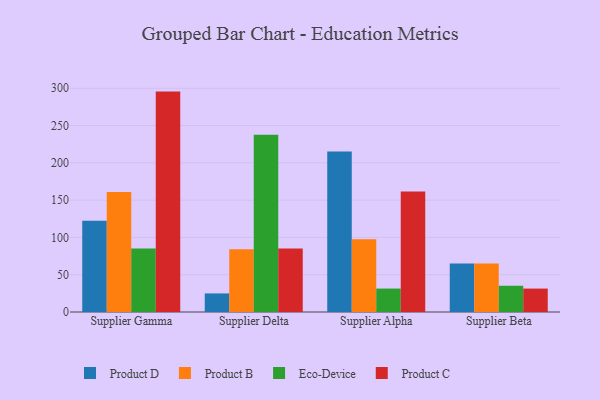
{"axis": {"x": "Supplier", "y": "Energy Usage (MWh)"}, "legend": ["Eco-Device", "Product B", "Product C", "Product D"], "data": [{"x": "Supplier Gamma", "y": 122.4, "type": "Product D"}, {"x": "Supplier Gamma", "y": 160.9, "type": "Product B"}, {"x": "Supplier Gamma", "y": 85.3, "type": "Eco-Device"}, {"x": "Supplier Gamma", "y": 295.5, "type": "Product C"}, {"x": "Supplier Delta", "y": 24.9, "type": "Product D"}, {"x": "Supplier Delta", "y": 84.2, "type": "Product B"}, {"x": "Supplier Delta", "y": 237.8, "type": "Eco-Device"}, {"x": "Supplier Delta", "y": 85.0, "type": "Product C"}, {"x": "Supplier Alpha", "y": 215.2, "type": "Product D"}, {"x": "Supplier Alpha", "y": 97.6, "type": "Product B"}, {"x": "Supplier Alpha", "y": 31.4, "type": "Eco-Device"}, {"x": "Supplier Alpha", "y": 161.6, "type": "Product C"}, {"x": "Supplier Beta", "y": 65.0, "type": "Product D"}, {"x": "Supplier Beta", "y": 65.1, "type": "Product B"}, {"x": "Supplier Beta", "y": 35.2, "type": "Eco-Device"}, {"x": "Supplier Beta", "y": 31.4, "type": "Product C"}]}